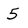
Character: 5